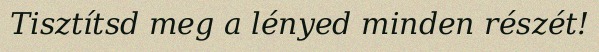
Tisztítsd meg a lényed minden részét!